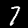
Label: 7